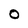
Character: O